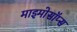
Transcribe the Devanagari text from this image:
माइमोसॉप्स